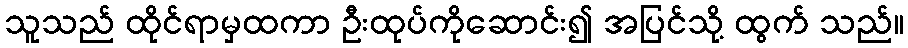
သူသည် ထိုင်ရာမှထကာ ဦးထုပ်ကိုဆောင်း၍ အပြင်သို့ ထွက် သည်။